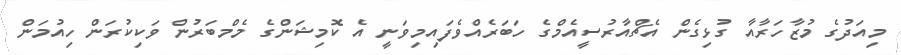
މިއަދުގެ މުޒާހަރާއާ ގުޅިގެން އެޗްއާރުސީއެމްގެ ހަބަރެއްވެފައިމިވަނީ އެ ކޮމިޝަންގެ މެމްބަރުން ވަކިކުރަން ހިއުމަން